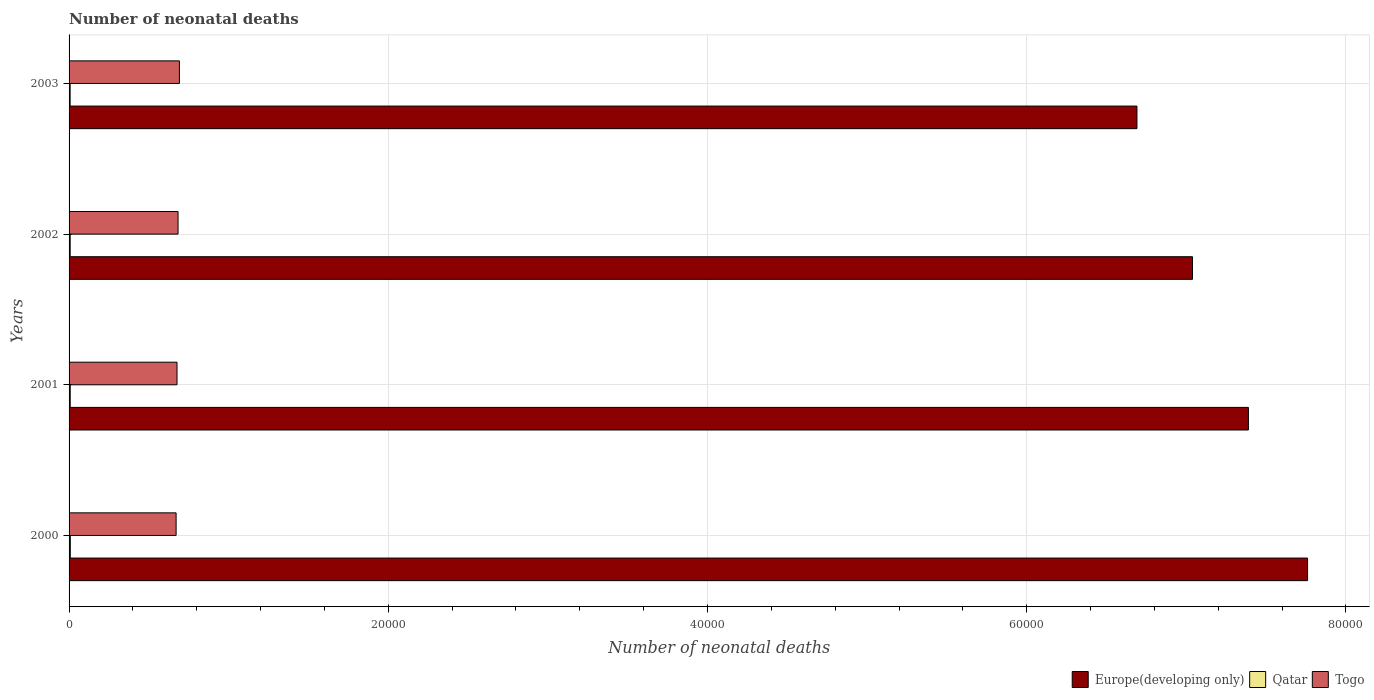
| Years | Europe(developing only) | Qatar | Togo |
 | --- | --- | --- | --- |
 | 2000 | 7.76e+04 | 78 | 6.71e+03 |
 | 2001 | 7.39e+04 | 73 | 6.76e+03 |
 | 2002 | 7.04e+04 | 70 | 6.83e+03 |
 | 2003 | 6.69e+04 | 67 | 6.91e+03 |